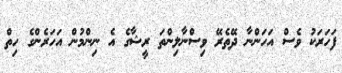
ފަހަރަކު ވެސް އަހަންނާ ދޭތެރޭ ވިސްނާލިންތަ ރީޝާގެ އެ ނިންމުން އަހަރެންގެ ހިިތް